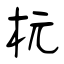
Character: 杬